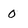
Character: 0